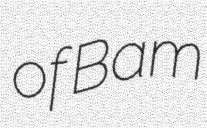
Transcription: of Bam